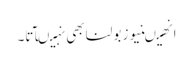
انھیںنیوز بولنا بھی نہیںآتا۔